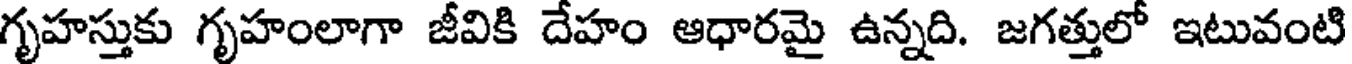
గృహస్తుకు గృహంలాగా జీవికి దేహం ఆధారమై ఉన్నది. జగత్తులో ఇటువంటి